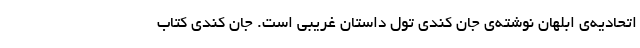
اتحادیه‌ی ابلهان نوشته‌ی جان کندی تول داستان غریبی است. جان کندی کتاب